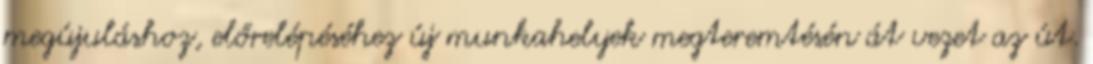
megújuláshoz, előrelépéséhez új munkahelyek megteremtésén át vezet az út.